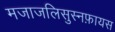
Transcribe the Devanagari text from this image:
मजाजलिसुस्नफ़ायस